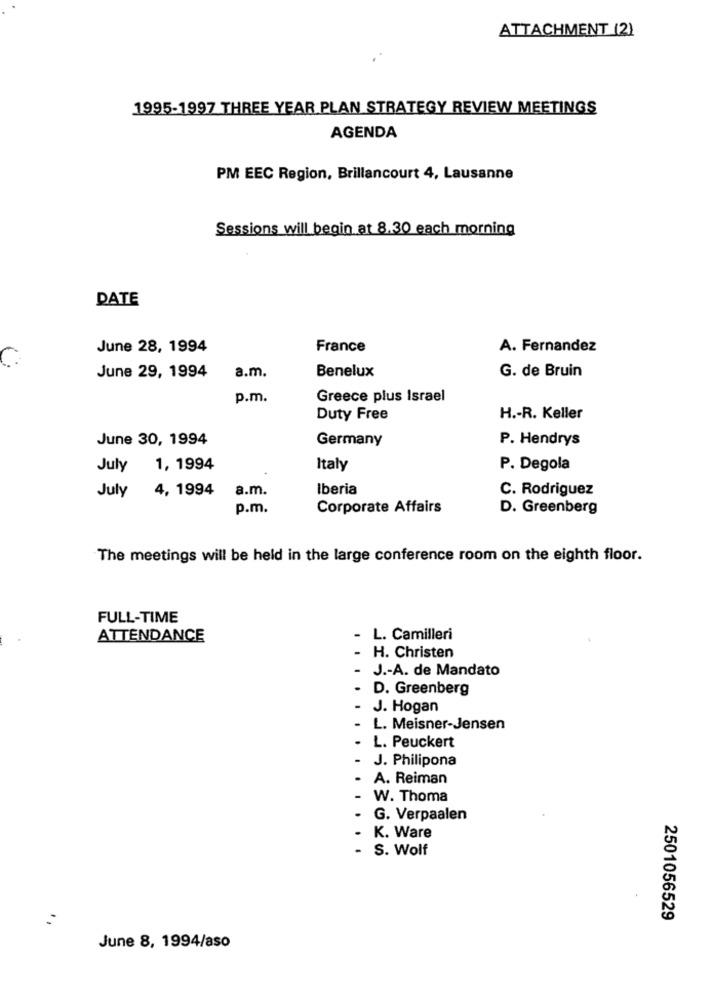
ATTACHMENT (2)
1995-1997 THREE YEAR PLAN STRATEGY REVIEW MEETINGS
AGENDA
PM EEC Region, Brillancourt 4, Lausanne
Sessions will begin at 8.30 each morning
DATE
June 28, 1994
France
A. Fernandez
Benelux
G. de Bruin
June 29, 1994
a.m.
p.m.
Greece plus Israel
Duty Free
H .- R. Keller
June 30, 1994
Germany
P. Hendrys
July
1, 1994
Italy
P. Degola
July
4, 1994
a.m.
Iberia
C. Rodriguez
p.m.
Corporate Affairs
D. Greenberg
The meetings will be held in the large conference room on the eighth floor.
FULL-TIME
ATTENDANCE
- L. Camilleri
H. Christen
J .- A. de Mandato
D. Greenberg
J. Hogan
L. Meisner-Jensen
L. Peuckert
J. Philipona
A. Reiman
W. Thoma
G. Verpaalen
K. Ware
S. Wolf
2501056529
June 8, 1994/aso